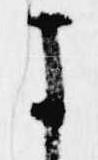
に